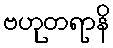
ဗဟုတရာနိ